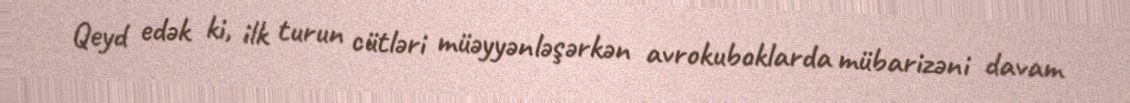
Qeyd edək ki, ilk turun cütləri müəyyənləşərkən avrokuboklarda mübarizəni davam